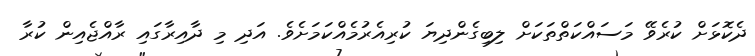
ދެކޮޅަށް ކުރެވޭ މަސައްކަތްތަކަށް ލިބިގެންދިޔަ ކުރިއެރުމެއްކަމަށެވެ. އަދި މި ދާއިރާގައި ރާއްޖެއިން ކުރާ